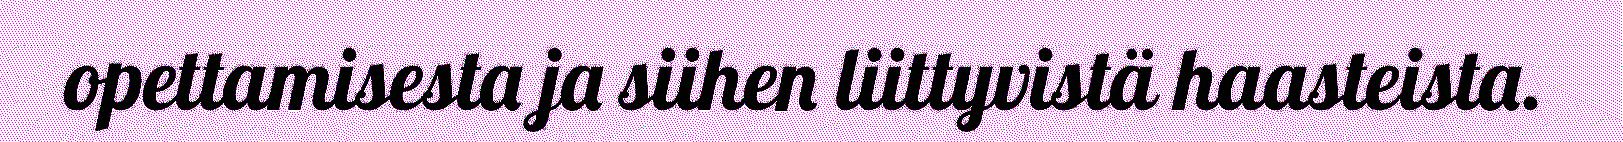
opettamisesta ja siihen liittyvistä haasteista.